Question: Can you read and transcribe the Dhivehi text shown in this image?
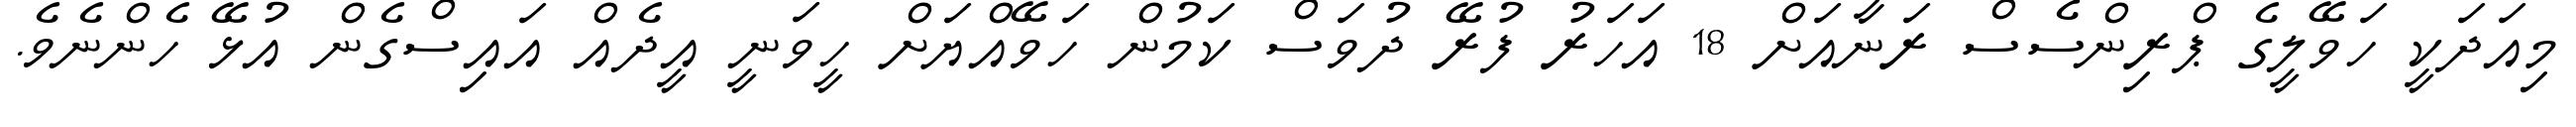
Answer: މިއަދަކީ ހަވޭލީގެ ޕްރިންސެސް ރަނާއަށް 18 އަހަރު ފުރޭ ދުވަސް ކަމުން ހަވޭއްޔަށް ހީވަނީ އީދެއް އައިސްގެން އުޅޭ ހެންނެވެ.